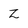
Character: Z